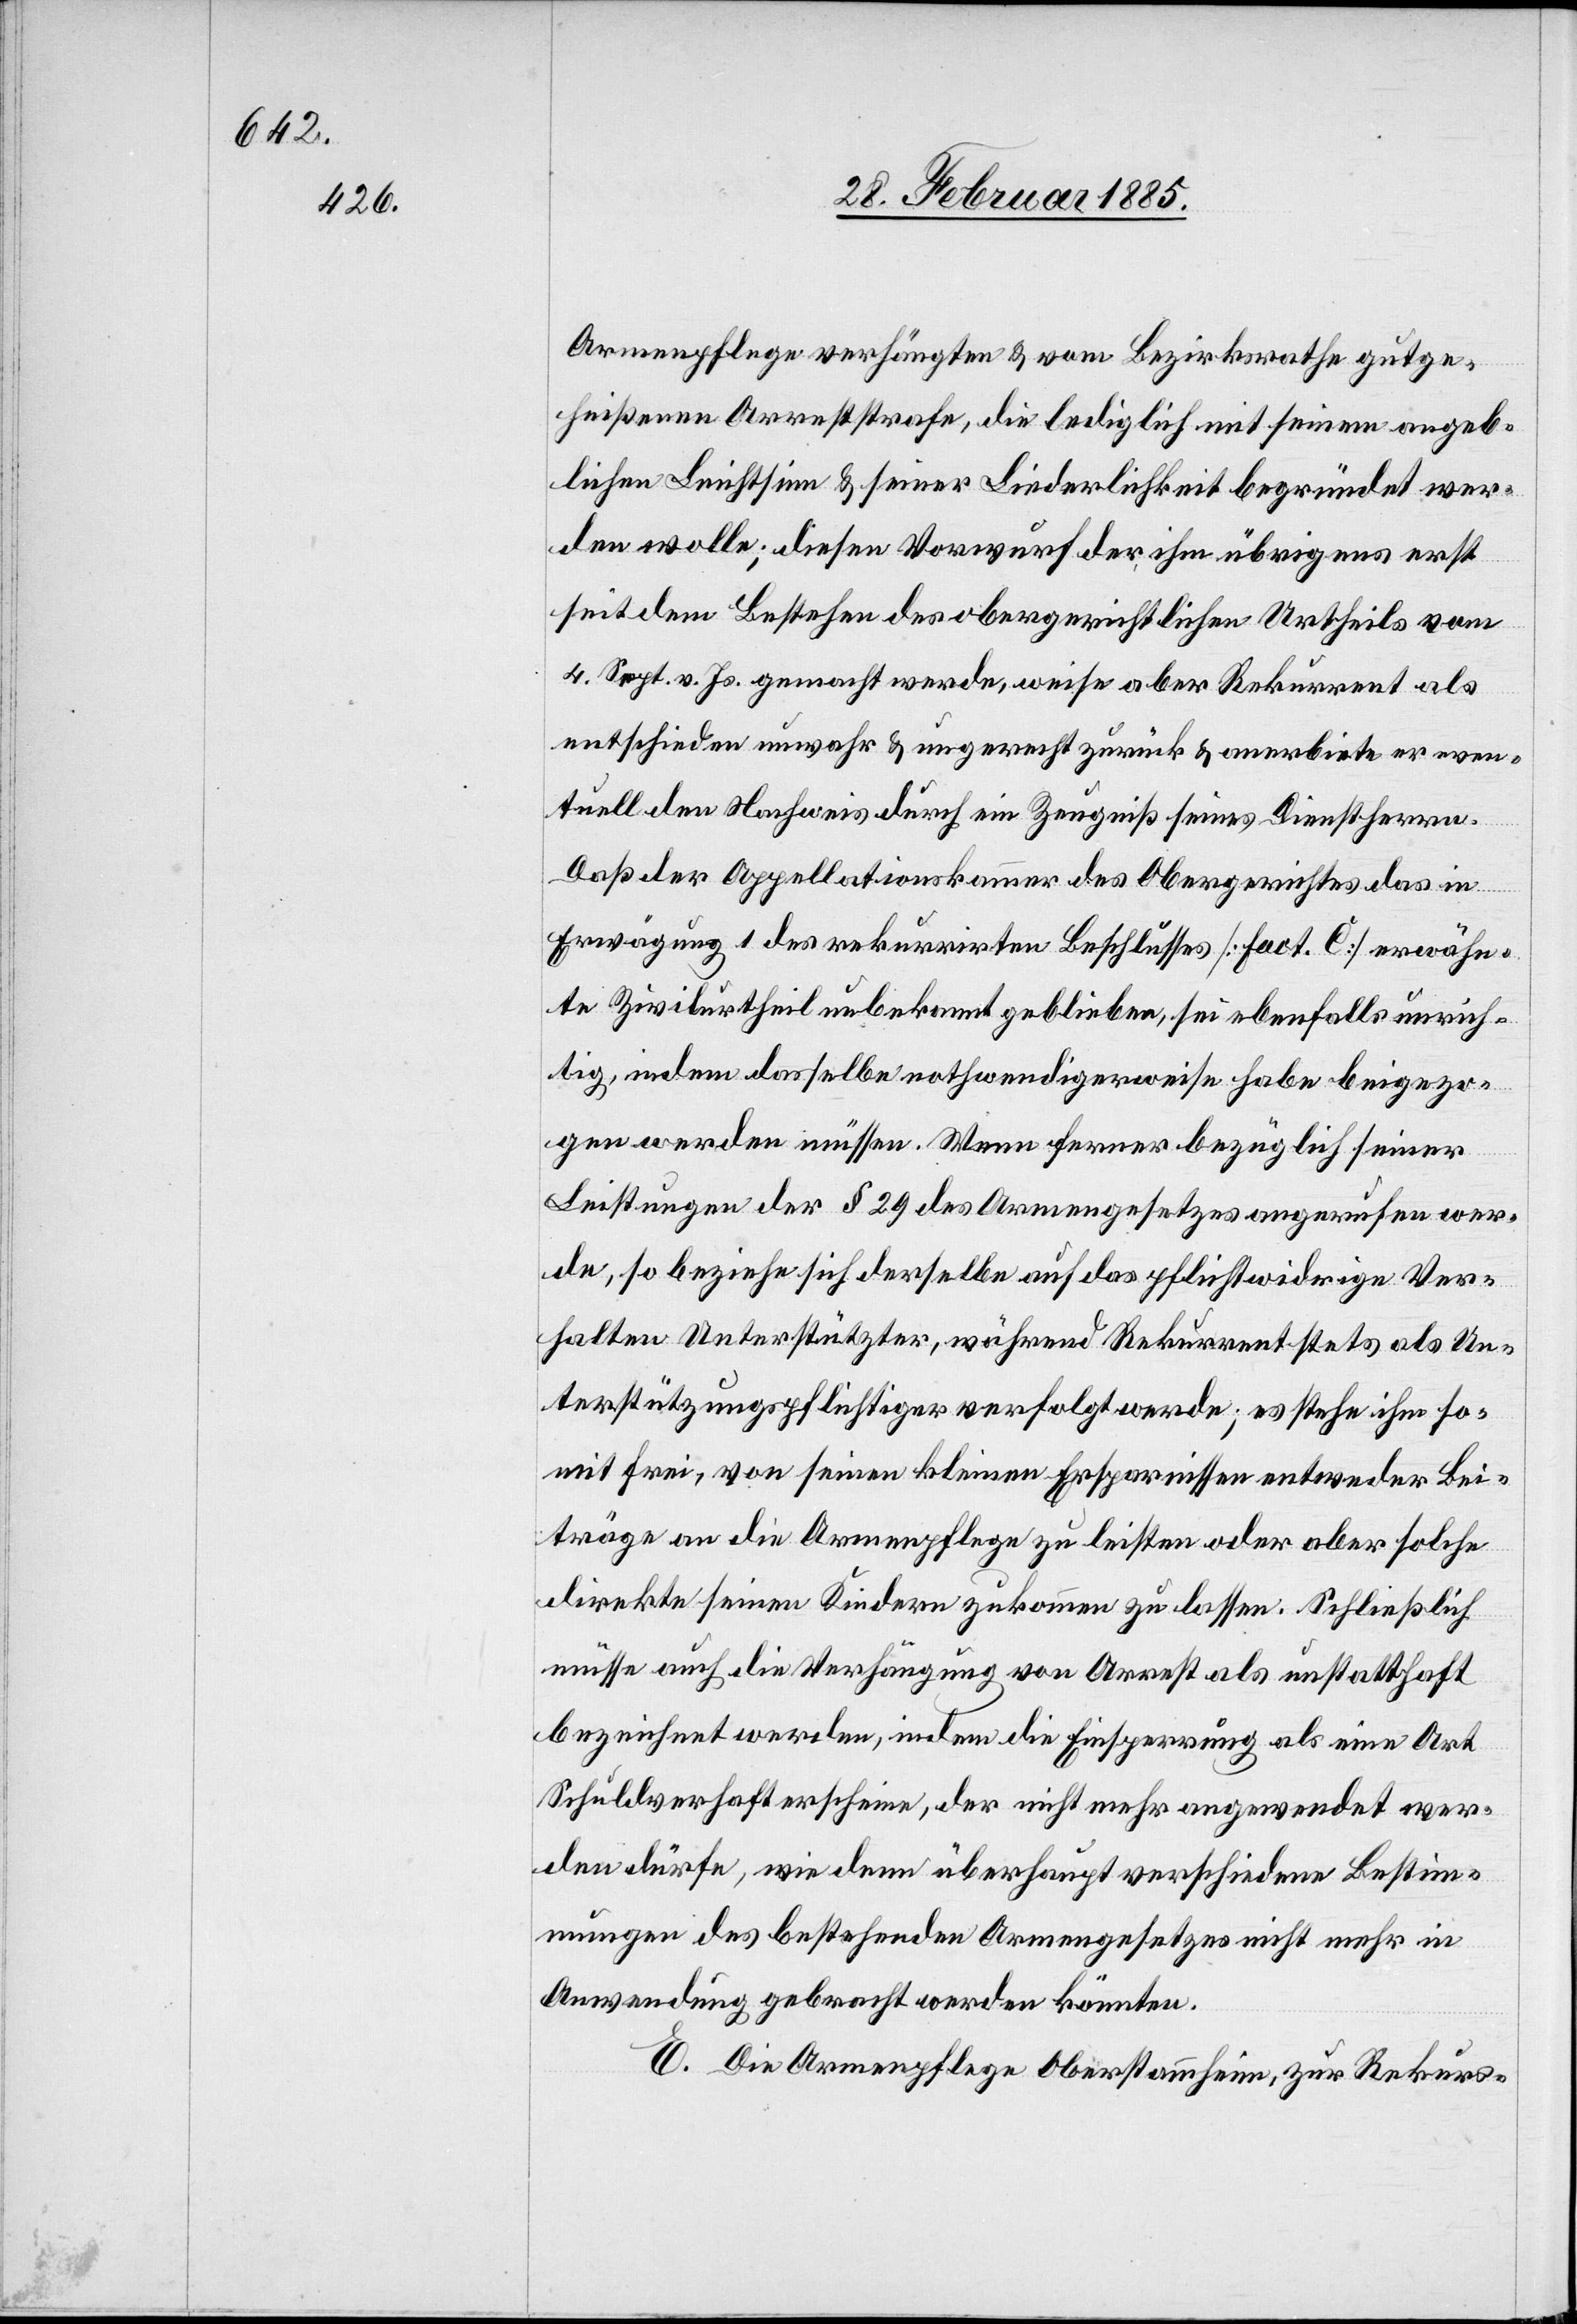
Armenpflege verhängten & vom Bezirksrathe gutge¬
heißenen Arreststrafe, die lediglich mit seinem angeb¬
lichen Leichtsinn & seiner Liederlichkeit begründet wer¬
den wolle; diesen Vorwurf der ihm übrigens erst
seit dem Bestehen des obergerichtlichen Urtheils vom
4. Sept. v. Js. gemacht werde, weise aber Rekurrent als
entschieden unwahr & ungerecht zurück & anerbiete er even¬
tuell den Nachweis durch ein Zeugnis seines Dienstherren.
Daß der Appellationskammer des Obergerichtes das in
Erwägung 1 des rekurrirten Beschlusses [Fact. C.] erwähn¬
te Zivilurtheil unbekannt geblieben, sei ebenfalls unrich¬
tig, indem dasselbe nothwendigerweise habe beigezo¬
gen werden müssen. Wenn ferner bezüglich seiner
Leistungen der § 29 des Armengesetzes angerufen wer¬
de, so beziehe sich derselbe auf das pflichtwidrige Ver¬
halten Unterstützter, während Rekurrent stets als Un¬
terstützungspflichtiger verfolgt werde; es stehe ihm so¬
mit frei, von seinen kleinen Ersparnissen entweder Bei¬
träge an die Armenpflege zu leisten oder aber solche
direkt seinen Kindern zukommen zu lassen. Schließlich
müsse auch die Verhängung von Arrest als unstatthaft
bezeichnet werden, indem die Einsperrung als eine Art
Schuldverhaft erscheine, der nicht mehr angewendet wer¬
den dürfe, wie dem überhaupt verschiedene Bestim¬
munen des bestehenden Armengesetzes nicht mehr in
Anwendung gebracht werden können.
E. Die Armenpflege Oberstammheim, Zur Rekurs-